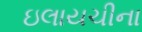
ઇલાયચીના